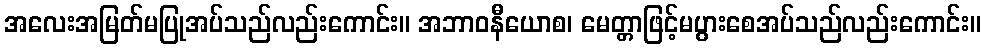
အလေးအမြတ်မပြုအပ်သည်လည်းကောင်း။ အဘာဝနီယောစ၊ မေတ္တာဖြင့်မပွားစေအပ်သည်လည်းကောင်း။